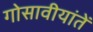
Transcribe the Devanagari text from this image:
गोसावीयांतें